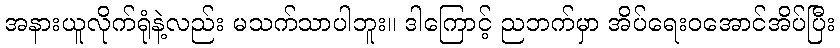
အနားယူလိုက်ရုံနဲ့လည်း မသက်သာပါဘူး။ ဒါကြောင့် ညဘက်မှာ အိပ်ရေးဝအောင်အိပ်ပြီး